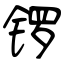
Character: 锣